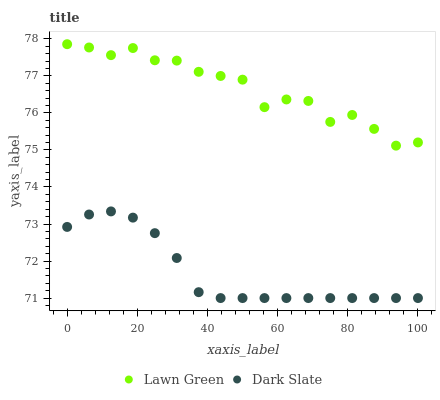
| xaxis_label | Lawn Green | Dark Slate |
 | --- | --- | --- |
 | 0 | 77.9 | 72.9 |
 | 6.25 | 77.8 | 73.3 |
 | 12.5 | 77.6 | 73.3 |
 | 18.8 | 77.8 | 73.2 |
 | 25 | 77.4 | 72.8 |
 | 31.2 | 77.4 | 72.1 |
 | 37.5 | 77.1 | 71.2 |
 | 43.8 | 77 | 71 |
 | 50 | 76.9 | 71 |
 | 56.2 | 76.2 | 71 |
 | 62.5 | 76.4 | 71 |
 | 68.8 | 76.3 | 71 |
 | 75 | 75.8 | 71 |
 | 81.2 | 75.9 | 71 |
 | 87.5 | 75.6 | 71 |
 | 93.8 | 75.1 | 71 |
 | 100 | 75.2 | 71 |